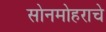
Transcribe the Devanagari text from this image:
सोनमोहराचे